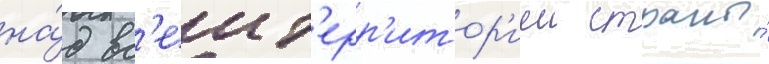
на́д вс'еи т'ерр'итор'иеи страны́